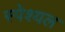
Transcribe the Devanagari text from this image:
स्पेश्यल